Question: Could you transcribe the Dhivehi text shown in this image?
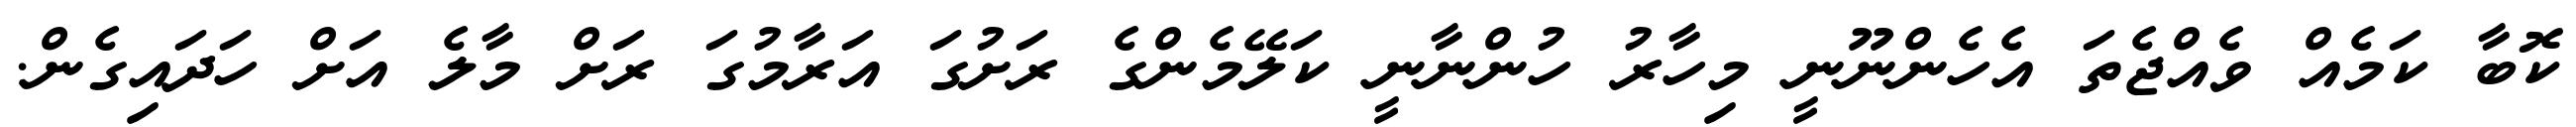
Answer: ކޮބާ ކަމެއް ވެއްޖެތަ އެހެންނޫނީ މިހާރު ހުންނާނީ ކަލޭމެންގެ ރަށުގަ އަރާމުގަ ރަށް މާލެ އަށް ހަދައިގެން.